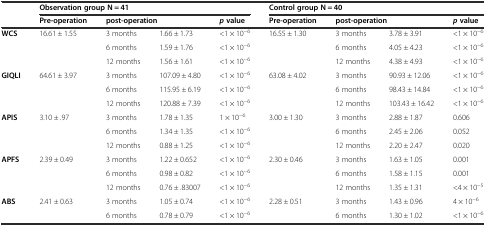
<table><thead><tr><td rowspan="2"></td><td colspan="4"><b>Observation group N = 41</b></td><td colspan="4"><b>Control group N = 40</b></td></tr><tr><td><b>Pre-operation</b></td><td colspan="2"><b>post-operation</b></td><td><b><i>p</i>value</b></td><td><b>Pre-operation</b></td><td colspan="2"><b>post-operation</b></td><td><b><i>p</i>value</b></td></tr></thead><tbody><tr><td rowspan="3"><b>WCS</b></td><td rowspan="3">16.61 ± 1.55</td><td>3 months</td><td>1.66 ± 1.73</td><td>&lt;1 × 10<sup>−6</sup></td><td rowspan="3">16.55 ± 1.30</td><td>3 months</td><td>3.78 ± 3.91</td><td>&lt;1 × 10<sup>−6</sup></td></tr><tr><td>6 months</td><td>1.59 ± 1.76</td><td>&lt;1 × 10<sup>−6</sup></td><td>6 months</td><td>4.05 ± 4.23</td><td>&lt;1 × 10<sup>−6</sup></td></tr><tr><td>12 months</td><td>1.56 ± 1.61</td><td>&lt;1 × 10<sup>−6</sup></td><td>12 months</td><td>4.38 ± 4.93</td><td>&lt;1 × 10<sup>−6</sup></td></tr><tr><td rowspan="3"><b>GIQLI</b></td><td rowspan="3">64.61 ± 3.97</td><td>3 months</td><td>107.09 ± 4.80</td><td>&lt;1 × 10<sup>−6</sup></td><td rowspan="3">63.08 ± 4.02</td><td>3 months</td><td>90.93 ± 12.06</td><td>&lt;1 × 10<sup>−6</sup></td></tr><tr><td>6 months</td><td>115.95 ± 6.19</td><td>&lt;1 × 10<sup>−6</sup></td><td>6 months</td><td>98.43 ± 14.84</td><td>&lt;1 × 10<sup>−6</sup></td></tr><tr><td>12 months</td><td>120.88 ± 7.39</td><td>&lt;1 × 10<sup>−6</sup></td><td>12 months</td><td>103.43 ± 16.42</td><td>&lt;1 × 10<sup>−6</sup></td></tr><tr><td rowspan="3"><b>APIS</b></td><td rowspan="3">3.10 ± .97</td><td>3 months</td><td>1.78 ± 1.35</td><td>1 × 10<sup>−6</sup></td><td rowspan="3">3.00 ± 1.30</td><td>3 months</td><td>2.88 ± 1.87</td><td>0.606</td></tr><tr><td>6 months</td><td>1.34 ± 1.35</td><td>&lt;1 × 10<sup>−6</sup></td><td>6 months</td><td>2.45 ± 2.06</td><td>0.052</td></tr><tr><td>12 months</td><td>0.88 ± 1.25</td><td>&lt;1 × 10<sup>−6</sup></td><td>12 months</td><td>2.20 ± 2.47</td><td>0.020</td></tr><tr><td rowspan="3"><b>APFS</b></td><td rowspan="3">2.39 ± 0.49</td><td>3 months</td><td>1.22 ± 0.652</td><td>&lt;1 × 10<sup>−6</sup></td><td rowspan="3">2.30 ± 0.46</td><td>3 months</td><td>1.63 ± 1.05</td><td>0.001</td></tr><tr><td>6 months</td><td>0.98 ± 0.82</td><td>&lt;1 × 10<sup>−6</sup></td><td>6 months</td><td>1.58 ± 1.15</td><td>0.001</td></tr><tr><td>12 months</td><td>0.76 ± .83007</td><td>&lt;1 × 10<sup>−6</sup></td><td>12 months</td><td>1.35 ± 1.31</td><td>&lt;4 × 10<sup>−5</sup></td></tr><tr><td rowspan="2"><b>ABS</b></td><td>2.41 ± 0.63</td><td>3 months</td><td>1.05 ± 0.74</td><td>&lt;1 × 10<sup>−6</sup></td><td rowspan="2">2.28 ± 0.51</td><td>3 months</td><td>1.43 ± 0.96</td><td>4 × 10<sup>−6</sup></td></tr><tr><td></td><td>6 months</td><td>0.78 ± 0.79</td><td>&lt;1 × 10<sup>−6</sup></td><td>6 months</td><td>1.30 ± 1.02</td><td>&lt;1 × 10<sup>−6</sup></td></tr></tbody></table>